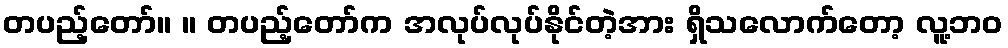
တပည့်တော်။ ။ တပည့်တော်က အလုပ်လုပ်နိုင်တဲ့အား ရှိသလောက်တော့ လူ့ဘဝ